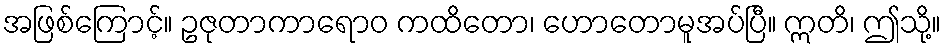
အဖြစ်ကြောင့်။ ဥဇုတာကာရောဝ ကထိတော၊ ဟောတောမူအပ်ပြီ။ ဣတိ၊ ဤသို့။